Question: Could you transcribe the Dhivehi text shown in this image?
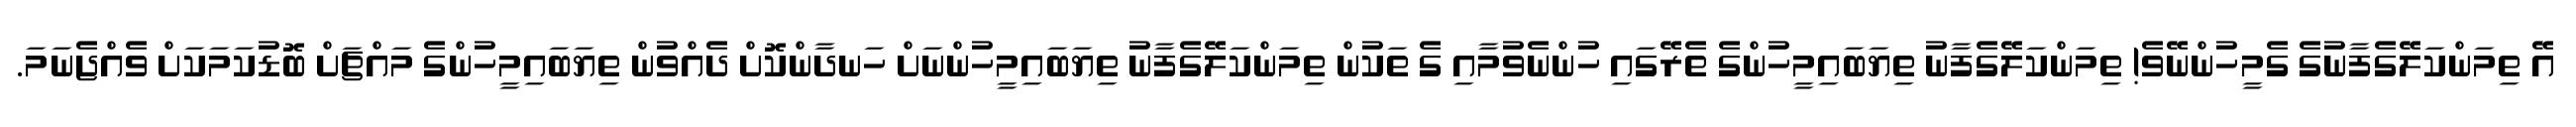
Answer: އޭ ތިމަންކަލޭގެފާނުގެ ގެމީހުންނޭވެ! ތިމަންކަލޭގެފާނު ތިޔަބައިމީހުންގެ ތެރޭގައި ހުންނެވުމާއި ގެ ތަކުން ތިމަންކަލޭގެފާނު ތިޔަބައިމީހުންނަށް ހަނދާންކޮށް ދެއްވުން ތިޔަބައިމީހުންގެ މައްޗަށް ބޮޑުކަމަކަށް ވެއްޖެނަމަ.